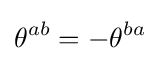
\theta ^{ab}=-\theta ^{ba}